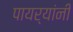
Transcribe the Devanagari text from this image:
पायर्‍यांनी